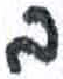
אות: ב